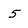
Character: 5